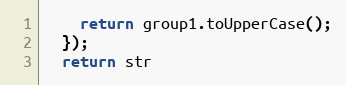
Language: JavaScript
    return group1.toUpperCase();
  });
  return str